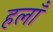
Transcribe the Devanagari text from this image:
हलाँ